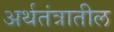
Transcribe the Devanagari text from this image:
अर्थतंत्रातील